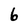
Character: 6